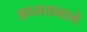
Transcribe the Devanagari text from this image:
अध्ययनाने